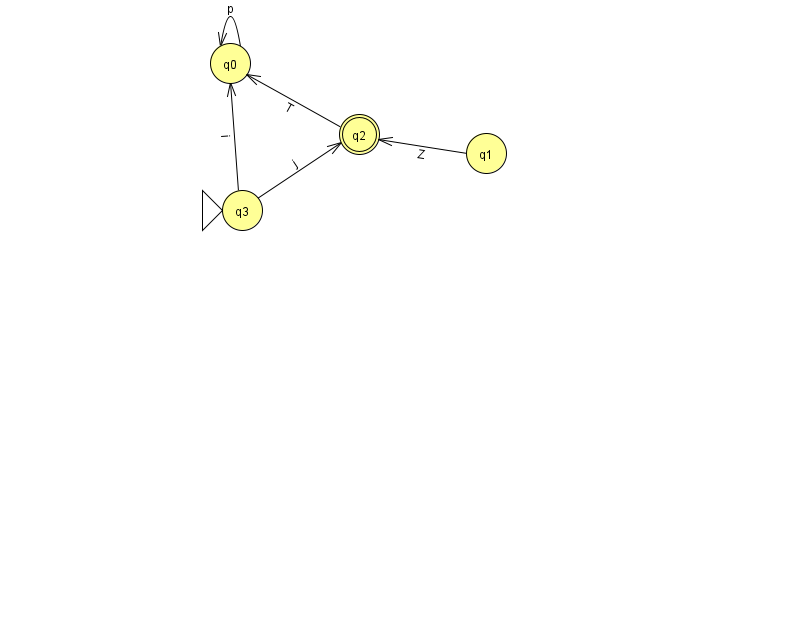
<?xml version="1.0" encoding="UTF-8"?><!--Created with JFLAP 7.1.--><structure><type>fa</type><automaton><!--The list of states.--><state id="0" name="q0"><x>230.0</x><y>50.0</y></state><state id="1" name="q1"><x>486.0</x><y>140.0</y></state><state id="2" name="q2"><x>359.0</x><y>121.0</y><final/></state><state id="3" name="q3"><x>242.0</x><y>197.0</y><initial/></state><!--The list of transitions.--><transition><from>0</from><to>0</to><read>p</read></transition><transition><from>3</from><to>2</to><read>j</read></transition><transition><from>1</from><to>2</to><read>Z</read></transition><transition><from>2</from><to>0</to><read>T</read></transition><transition><from>3</from><to>0</to><read>i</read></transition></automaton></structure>